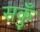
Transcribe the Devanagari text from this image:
सकुँ